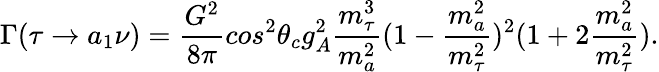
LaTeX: \Gamma(\tau\rightarrow a_{1}\nu)=\frac{G^{2}}{8\pi}cos^{2}\theta_{c}g_{A}^{2}\frac{m_{\tau}^{3}}{m_{a}^{2}}(1-\frac{m_{a}^{2}}{m_{\tau}^{2}})^{2}(1+2\frac{m_{a}^{2}}{m_{\tau}^{2}}).